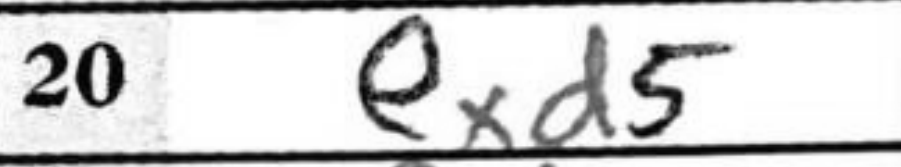
Transcription: exd5